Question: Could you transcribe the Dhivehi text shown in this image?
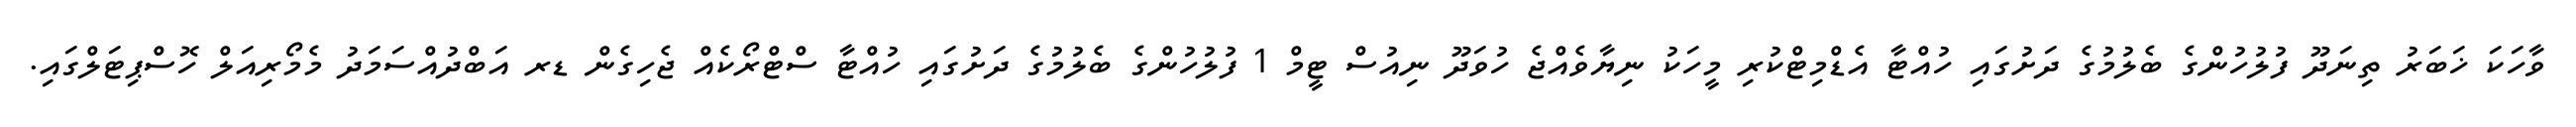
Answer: ވާހަކަ ޚަބަރު ތިނަދޫ ފުލުހުންގެ ބެލުމުގެ ދަށުގައި ހުއްޓާ އެޑްމިޓްކުރި މީހަކު ނިޔާވެއްޖެ ހުވަދޫ ނިއުސް ޓީމް 1 ފުލުހުންގެ ބެލުމުގެ ދަށުގައި ހުއްޓާ ސްޓްރޯކެއް ޖެހިގެން ޑރ އަބްދުއްސަމަދު މެމޯރިއަލް ހޮސްޕިޓަލްގައި.